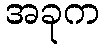
အခုက